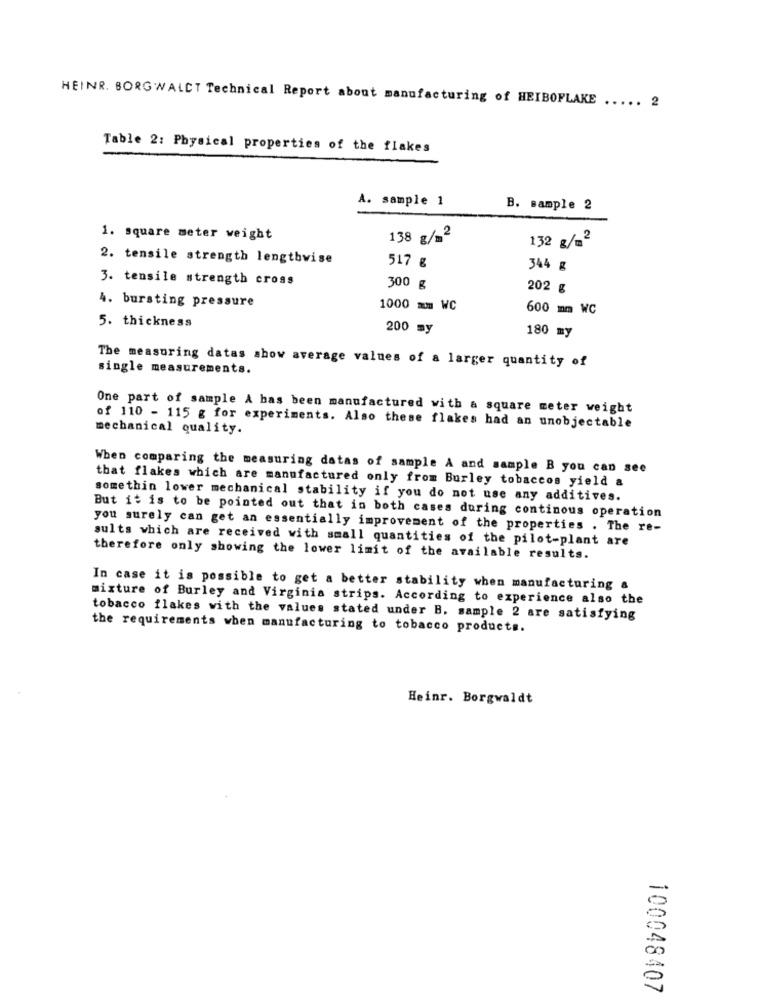
HEINR. BORG WALCT Technical Report about manufacturing of HEIBOFLAKE ..... 2
Table 2: Physical properties of the flakes
A. sample 1
B. sample 2
1. square meter weight
138 g/m2
132 g/m2
2. tensile strength lengthwise
517 g
344 g
3. tensile strength cross
300 g
202 g
4. bursting pressure
1000 mm WC
600 mm WC
5. thickness
200 my
180 my
The measuring datas show average values of a larger quantity of
single measurements.
One part of sample A bas been manufactured with a square meter weight
mechanical quality.
of 110 - 115 g for experiments. Also these flakes had an unobjectable
When comparing the measuring datas of sample A and sample B you can see
that flakes which are manufactured only from Burley tobaccos yield a
somethin lower mechanical stability if you do not use any additives.
But it is to be pointed out that in both cases during continous operation
you surely can get an essentially improvement of the properties . The re-
sults which are received with small quantities of the pilot-plant are
therefore only showing the lower limit of the available results.
In case it is possible to get a better stability when manufacturing &
mixture of Burley and Virginia strips. According to experience also the
tobacco flakes with the values stated under B. sample 2 are satisfying
the requirements when manufacturing to tobacco products.
Heinr. Borgwaldt
-
20
100048407